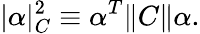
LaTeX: |\alpha|_{C}^{2}\equiv\alpha^{T}\| C\| \alpha.